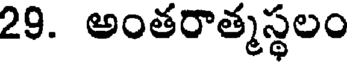
29. అంతరాత్మస్థలం